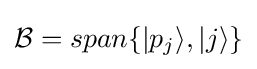
{\mathcal {B}}=span\{|p_{j}\rangle ,|j\rangle \}